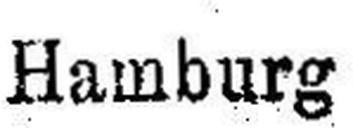
Hamburg